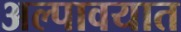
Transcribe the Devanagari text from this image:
अल्पावयात